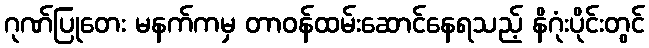
ဂုဏ်ပြုတေး မနက်ကမှ တာဝန်ထမ်းဆောင်နေရသည့် နိဂုံးပိုင်းတွင်